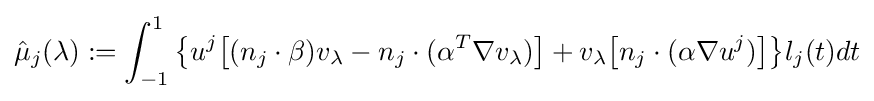
{\hat {\mu }}_{j}(\lambda ):=\int _{-1}^{1}{\big \{}u^{j}{\big [}(n_{j}\cdot \beta )v_{\lambda }-n_{j}\cdot (\alpha ^{T}\nabla v_{\lambda }){\big ]}+v_{\lambda }{\big [}n_{j}\cdot (\alpha \nabla u^{j}){\big ]}{\big \}}l_{j}(t)dt